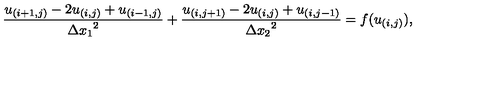
\frac { u _ { ( i + 1 , j ) } - 2 u _ { ( i , j ) } + u _ { ( i - 1 , j ) } } { { \Delta x _ { 1 } } ^ { 2 } } + \frac { u _ { ( i , j + 1 ) } - 2 u _ { ( i , j ) } + u _ { ( i , j - 1 ) } } { { \Delta x _ { 2 } } ^ { 2 } } = f ( u _ { ( i , j ) } ) ,